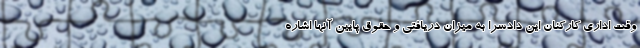
وقت اداری کارکنان این دادسرا به میزان دریافتی و حقوق پایین آنها اشاره